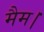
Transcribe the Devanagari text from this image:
मैम।